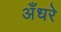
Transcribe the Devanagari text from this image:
अँधरे